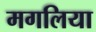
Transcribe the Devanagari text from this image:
मगलिया